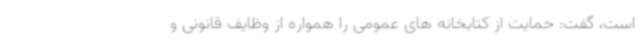
است، گفت: حمایت از کتابخانه های عمومی را همواره از وظایف قانونی و